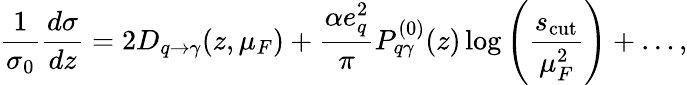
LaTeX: \frac{1}{\sigma_{0}}\frac{d\sigma}{dz}=2D_{q\to\gamma}(z,\mu_{F})+\frac{\alpha e_{q}^{2}}{\pi}P_{q\gamma}^{(0)}(z)\log\left(\frac{s_{\mathrm{cut}}}{\mu_{F}^{2}}\right)+\ldots,